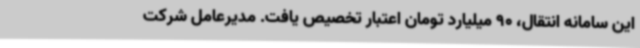
این سامانه انتقال، 90 میلیارد تومان اعتبار تخصیص یافت. مدیرعامل شرکت